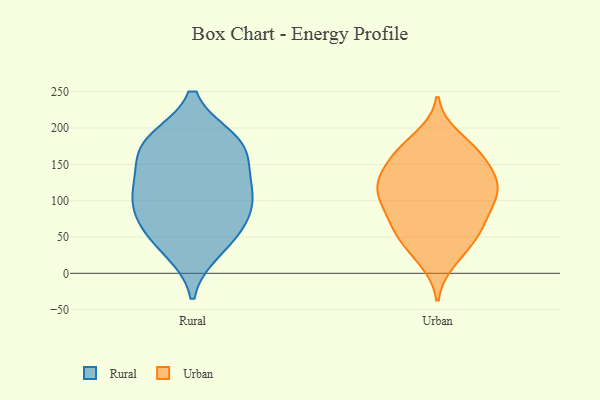
{"axis": {"x": "Conversion Rate (%)", "y": "Value"}, "legend": ["Rural", "Urban"], "data": [{"x": "", "y": 153, "type": "Rural"}, {"x": "", "y": 65, "type": "Rural"}, {"x": "", "y": 183, "type": "Rural"}, {"x": "", "y": 121, "type": "Rural"}, {"x": "", "y": 31, "type": "Rural"}, {"x": "", "y": 180, "type": "Rural"}, {"x": "", "y": 184, "type": "Rural"}, {"x": "", "y": 113, "type": "Rural"}, {"x": "", "y": 72, "type": "Rural"}, {"x": "", "y": 41, "type": "Rural"}, {"x": "", "y": 172, "type": "Rural"}, {"x": "", "y": 86, "type": "Rural"}, {"x": "", "y": 124, "type": "Rural"}, {"x": "", "y": 97, "type": "Rural"}, {"x": "", "y": 163, "type": "Urban"}, {"x": "", "y": 61, "type": "Urban"}, {"x": "", "y": 74, "type": "Urban"}, {"x": "", "y": 123, "type": "Urban"}, {"x": "", "y": 134, "type": "Urban"}, {"x": "", "y": 19, "type": "Urban"}, {"x": "", "y": 104, "type": "Urban"}, {"x": "", "y": 127, "type": "Urban"}, {"x": "", "y": 101, "type": "Urban"}, {"x": "", "y": 55, "type": "Urban"}, {"x": "", "y": 160, "type": "Urban"}, {"x": "", "y": 170, "type": "Urban"}, {"x": "", "y": 119, "type": "Urban"}, {"x": "", "y": 163, "type": "Urban"}, {"x": "", "y": 75, "type": "Urban"}, {"x": "", "y": 107, "type": "Urban"}, {"x": "", "y": 53, "type": "Urban"}, {"x": "", "y": 117, "type": "Urban"}, {"x": "", "y": 30, "type": "Urban"}, {"x": "", "y": 186, "type": "Urban"}]}